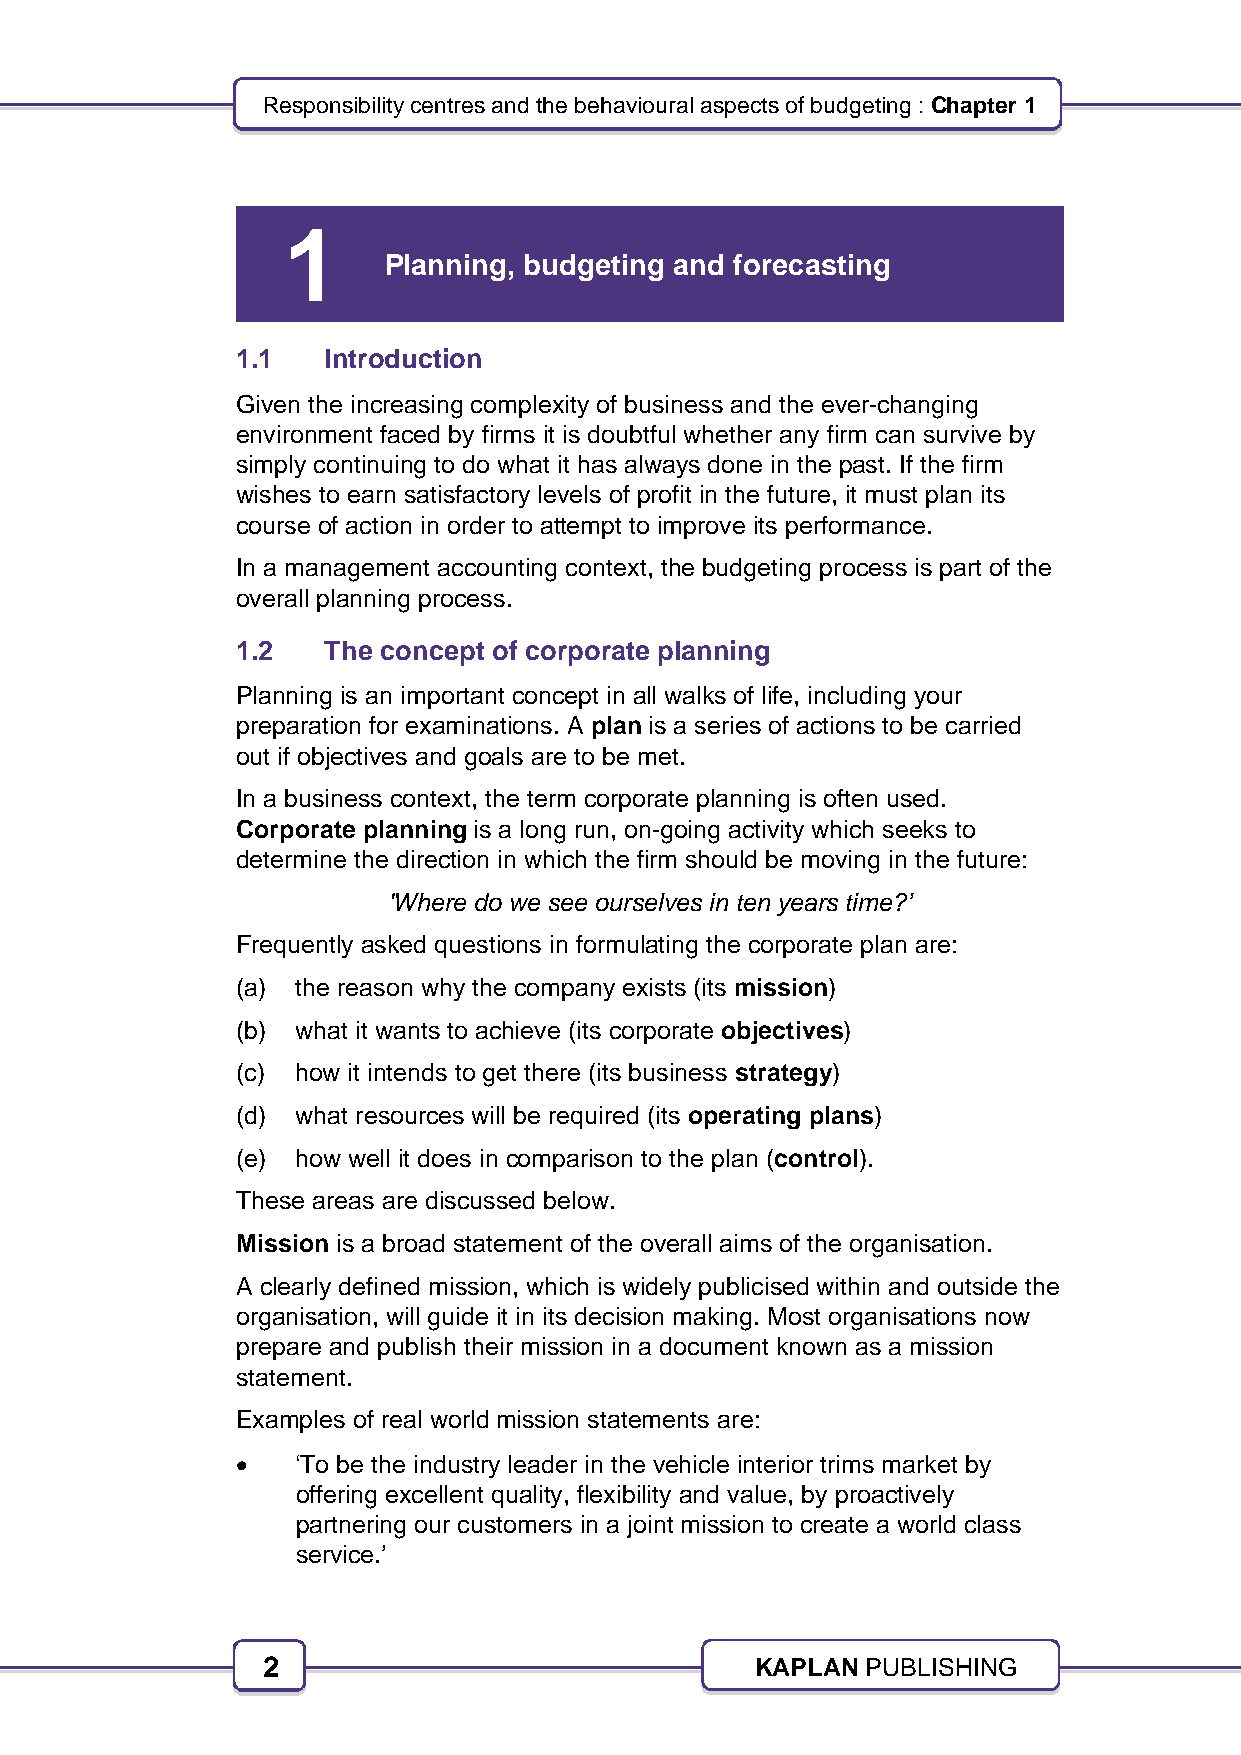
Responsibility centres and the behavioural aspects of budgeting : Chapter 1
 1
 Planning, budgeting and forecasting
 1.1   Introduction
 Given the increasing complexity of business and the ever-changing
 environment faced by firms it is doubtful whether any firm can survive by
 simply continuing to do what it has always done in the past. If the firm
 wishes to earn satisfactory levels of profit in the future, it must plan its
 course of action in order to attempt to improve its performance.
 In a management accounting context, the budgeting process is part of the
 overall planning process.
 1.2   The concept of corporate planning
 Planning is an important concept in all walks of life, including your
 preparation for examinations. A plan is a series of actions to be carried
 out if objectives and goals are to be met.
 In a business context, the term corporate planning is often used.
 Corporate planning is a long run, on-going activity which seeks to
 determine the direction in which the firm should be moving in the future:
 'Where do we see ourselves in ten years time?’
 Frequently asked questions in formulating the corporate plan are:
 (a) the reason why the company exists (its mission)
 (b) what it wants to achieve (its corporate objectives)
 (c) how it intends to get there (its business strategy)
 (d) what resources will be required (its operating plans)
 (e) how well it does in comparison to the plan (control).
 These areas are discussed below.
 Mission is a broad statement of the overall aims of the organisation.
 A clearly defined mission, which is widely publicised within and outside the
 organisation, will guide it in its decision making. Most organisations now
 prepare and publish their mission in a document known as a mission
 statement.
 Examples of real world mission statements are:
    ‘To be the industry leader in the vehicle interior trims market by
 offering excellent quality, flexibility and value, by proactively
 partnering our customers in a joint mission to create a world class
 service.’
 2                                KAPLAN PUBLISHING